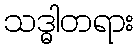
သဒ္ဓါတရား